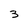
Character: 3